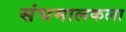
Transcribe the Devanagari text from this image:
संघमालकला